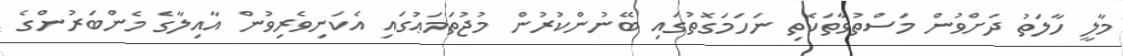
މާލީ ހާލަތު ދަށްވުން މަސްތުވާތަކެތި ނަހަމަގޮތުގައި ބޭނުންކުރުން މުޖުތަމަޢުގައި އެކަނިވެރިވުން އާއިލާގެ މެންބަރުންގެ